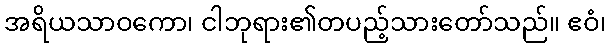
အရိယသာဝကော၊ ငါဘုရား၏တပည့်သားတော်သည်။ ဧဝံ၊